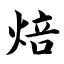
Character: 焙